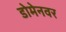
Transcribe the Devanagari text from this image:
डोमेनवर